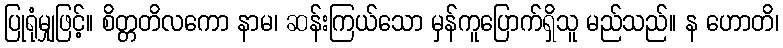
ပြုရုံမျှဖြင့်။ စိတ္တတိလကော နာမ၊ ဆန်းကြယ်သော မှန်ကူပြောက်ရှိသူ မည်သည်။ န ဟောတိ၊